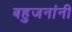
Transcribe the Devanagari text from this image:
बहुजनांनी